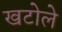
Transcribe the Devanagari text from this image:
खटोले